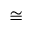
\cong